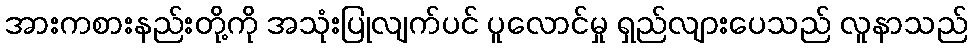
အားကစားနည်းတို့ကို အသုံးပြုလျက်ပင် ပူလောင်မှု ရှည်လျားပေသည် လူနာသည်